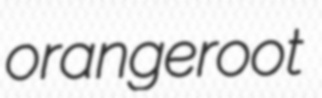
orangeroot